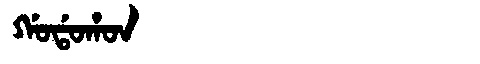
Manchu: ᡤᠣᡩᠣᡥᠣᠨ
Romanization: GODOHON